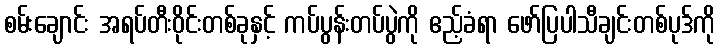
စမ်းချောင်း အရပ်တီးဝိုင်းတစ်ခုနှင့် ကပ်ပွန်းတပ်ပွဲကို ဧည့်ခံရာ ဖော်ပြပါသီချင်းတစ်ပုဒ်ကို